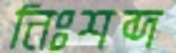
নিঃশব্দ